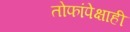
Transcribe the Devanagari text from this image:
तोफांपेक्षाही